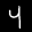
Label: 4